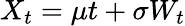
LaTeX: X_{t}=\mu t+\sigma W_{t}